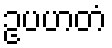
ဥပဟတံ